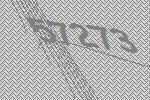
57273